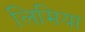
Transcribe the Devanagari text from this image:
लिमिया